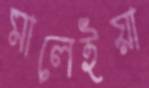
মালেইয়া